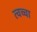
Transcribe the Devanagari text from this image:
त्वच्चा